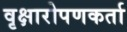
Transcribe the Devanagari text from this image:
वृक्षारोपणकर्ता